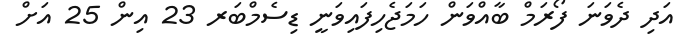
އަދި ދެވަނަ ފޯރަމް ބާއްވަން ހަމަޖެހިފައިވަނީ ޑިސެމްބަރ 23 އިން 25 އަށް